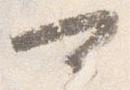
可